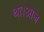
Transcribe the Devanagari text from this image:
था।आज